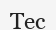
Тес